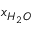
x _ { H _ { 2 } O }